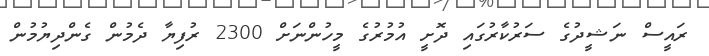
ރައީސް ނަޝީދުގެ ސަރުކާރުގައި ދޮށީ އުމުރުގެ މީހުންނަށް 2300 ރުފިޔާ ދެމުން ގެންދިޔުމުން